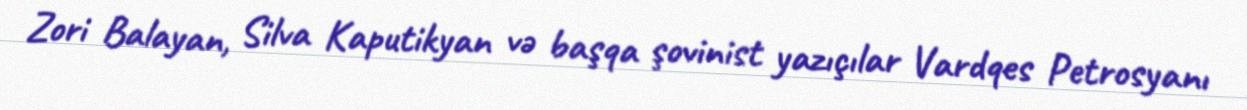
Zori Balayan, Silva Kaputikyan və başqa şovinist yazıçılar Vardqes Petrosyanı